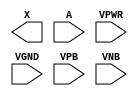
module sky130_fd_sc_ms__dlygate4sd3 (
    X   ,
    A   ,
    VPWR,
    VGND,
    VPB ,
    VNB
);

    output X   ;
    input  A   ;
    input  VPWR;
    input  VGND;
    input  VPB ;
    input  VNB ;
endmodule